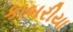
કાબરીયા